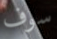
سوف